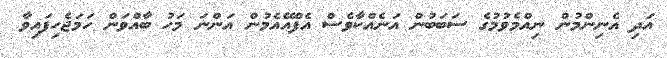
އަދި އެނިންމުން ނިއްމެވުމުގެ ސަބަބުން އަނެއްކާވެސް އެފްއޭއެމުން އަންނަ މަހު ބާއްވަން ހަމަޖެހިފައިވާ